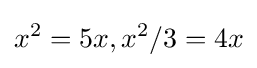
x^{2}=5x,x^{2}/3=4x